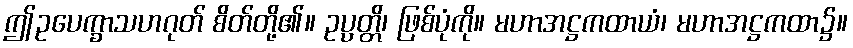
ဤဥပေက္ခာသဟဂုတ် စိတ်တို့၏။ ဥပ္ပတ္တိ၊ ဖြစ်ပုံကို။ မဟာအဋ္ဌကထာယံ၊ မဟာအဋ္ဌကထာ၌။